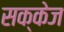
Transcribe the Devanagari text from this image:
सक्केज